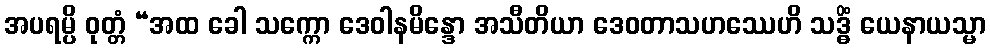
အပရမ္ပိ ဝုတ္တံ “အထ ခေါ သက္ကော ဒေဝါနမိန္ဒော အသီတိယာ ဒေဝတာသဟဿေဟိ သဒ္ဓိံ ယေနာယသ္မာ